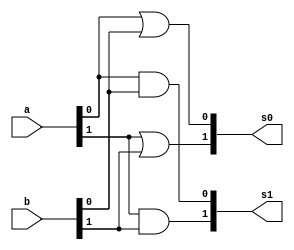
//-------------------------------------
//Exemplo0032 - operao selecionvel
//Nome: Silvino Henrique Santos de Souza
//Matrcula: 412773
//-------------------------------------


module f4selectable (output [1:0] s0, output [1:0] s1, input [1:0]a, input [1:0]b);
	or or1(s0[0],a[0],b[0]);
	or or2(s0[1],a[1],b[1]);
	and and1(s1[0],a[0],b[0]);
	and and2(s1[1],a[1],b[1]);
endmodule //f4 selectable

module chave(s,a,b,sinal);
	input [1:0]a;
	input [1:0]b;
	input sinal;
	output [1:0]s;
	reg [1:0]s;
	
	always @(a or b or sinal)
	
	begin
		if(~sinal)
			s = a;
		else
			s = b;
	end
endmodule

module test_f4selectable;
	reg [1:0] a;
	reg [1:0] b;
	reg chave;
	wire [1:0] w0;
	wire [1:0] w1;
	wire [1:0] s;
	
	f4selectable f4s1(w0,w1,a,b);
	chave chave1(s,w0,w1, chave);
	
	initial begin
		a = 2'b00;
		b = 2'b00;
		chave = 0;
	end

	initial begin
		$display("Exemplo0032 - Silvino Henrique Santos de Souza - 412773");
		$display("LU selectable - running tests -(0):or,(1):and");
		$display("\nchave\t a   (| ou &)   b = s");
		$monitor("%b\t %4b or/and %4b = %4b",chave,a,b,s);
		#1 chave = 1;
		#1 a = 2'b00; b = 2'b01; chave = 0;
		
		#1 chave = 1;
		#1 b = 2'b10; chave = 0;
		
		#1 chave = 1;
		#1 b = 2'b11; chave = 0;
		#1 chave = 1;
		
		#1 a = 2'b01; b = 2'b00; chave = 0;
		#1 chave = 1;
		
		#1 b = 2'b01; chave = 0;
		#1 chave = 1;
		
		#1 b = 2'b10; chave = 0;
		#1 chave = 1;
		
		#1 b = 2'b11; chave = 0;
		#1 chave = 1;
		
		#1 a = 2'b10; b = 2'b00; chave = 0;
		#1 chave = 1;
		
		#1 b = 2'b01; chave = 0;
		#1 chave = 1;
		
		#1 b = 2'b10; chave = 0;
		#1 chave = 1;
		
		#1 b = 2'b11; chave = 0;
		#1 chave = 1;
		
		#1 a = 2'b11; b = 2'b00; chave = 0;
		#1 chave = 1;
		
		#1 b = 2'b01; chave = 0;
		#1 chave = 1;
		
		#1 b = 2'b10; chave = 0;
		#1 chave = 1;
		
		#1 b = 2'b11; chave = 0;
		#1 chave = 1;
	end
	
endmodule //teste_f4selectable